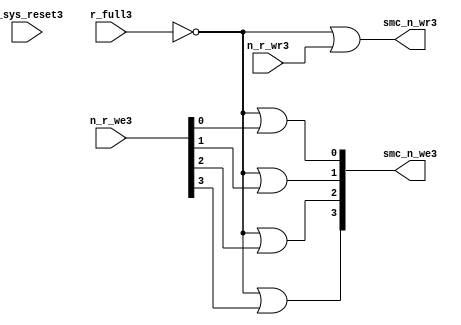
//File3 name   : smc_wr_enable_lite3.v
//Title3       : 
//Created3     : 1999
//Description3 : 
//Notes3       : 
//----------------------------------------------------------------------
//   Copyright3 1999-2010 Cadence3 Design3 Systems3, Inc3.
//   All Rights3 Reserved3 Worldwide3
//
//   Licensed3 under the Apache3 License3, Version3 2.0 (the
//   "License3"); you may not use this file except3 in
//   compliance3 with the License3.  You may obtain3 a copy of
//   the License3 at
//
//       http3://www3.apache3.org3/licenses3/LICENSE3-2.0
//
//   Unless3 required3 by applicable3 law3 or agreed3 to in
//   writing, software3 distributed3 under the License3 is
//   distributed3 on an "AS3 IS3" BASIS3, WITHOUT3 WARRANTIES3 OR3
//   CONDITIONS3 OF3 ANY3 KIND3, either3 express3 or implied3.  See
//   the License3 for the specific3 language3 governing3
//   permissions3 and limitations3 under the License3.
//----------------------------------------------------------------------


  module smc_wr_enable_lite3 (

                      //inputs3                      

                      n_sys_reset3,
                      r_full3,
                      n_r_we3,
                      n_r_wr3,

                      //outputs3

                      smc_n_we3,
                      smc_n_wr3);

//I3/O3
   
   input             n_sys_reset3;   //system reset
   input             r_full3;    // Full cycle write strobe3
   input [3:0]       n_r_we3;    //write enable from smc_strobe3
   input             n_r_wr3;    //write strobe3 from smc_strobe3
   output [3:0]      smc_n_we3;  // write enable (active low3)
   output            smc_n_wr3;  // write strobe3 (active low3)
   
   
//output reg declaration3.
   
   reg [3:0]          smc_n_we3;
   reg                smc_n_wr3;

//----------------------------------------------------------------------
// negedge strobes3 with clock3.
//----------------------------------------------------------------------
      

//----------------------------------------------------------------------
      
//--------------------------------------------------------------------
// Gate3 Write strobes3 with clock3.
//--------------------------------------------------------------------

  always @(r_full3 or n_r_we3)
  
  begin
  
     smc_n_we3[0] = ((~r_full3  ) | n_r_we3[0] );

     smc_n_we3[1] = ((~r_full3  ) | n_r_we3[1] );

     smc_n_we3[2] = ((~r_full3  ) | n_r_we3[2] );

     smc_n_we3[3] = ((~r_full3  ) | n_r_we3[3] );

  
  end

//--------------------------------------------------------------------   
//write strobe3 generation3
//--------------------------------------------------------------------   

  always @(n_r_wr3 or r_full3 )
  
     begin
  
        smc_n_wr3 = ((~r_full3 ) | n_r_wr3 );
       
     end

endmodule // smc_wr_enable3